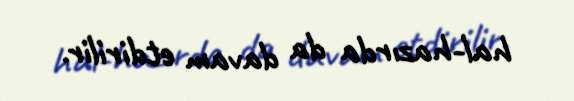
hal-hazırda da davam etdirilir.